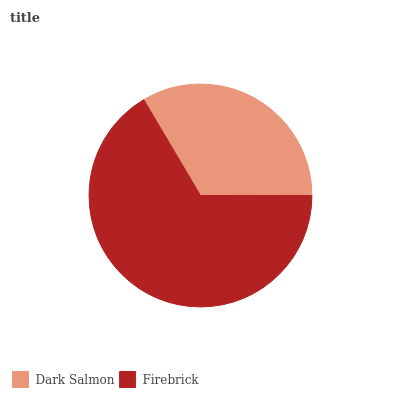
| Dark Salmon | Firebrick |
 | --- | --- |
 | 33.5% | 66.5% |